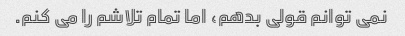
نمی توانم قولی بدهم، اما تمام تلاشم را می کنم.